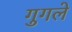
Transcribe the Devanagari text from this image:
गुगले